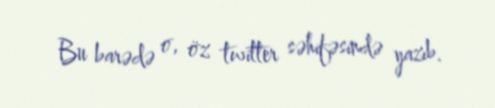
Bu barədə o, öz twitter səhifəsində yazıb.